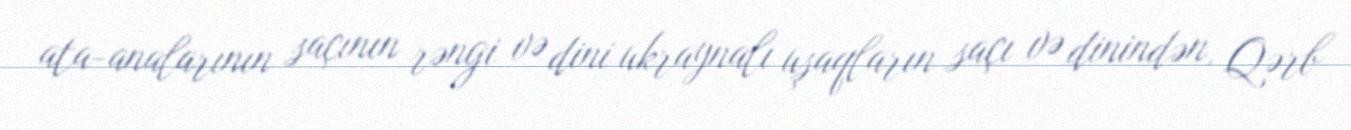
ata-analarının saçının rəngi və dini ukraynalı uşaqların saçı və dinindən, Qərb